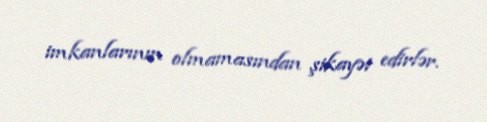
imkanlarının olmamasından şikayət edirlər.